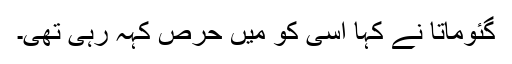
گئوماتا نے کہا اسی کو میں حرص کہہ رہی تھی۔